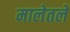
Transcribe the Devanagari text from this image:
मालेतले